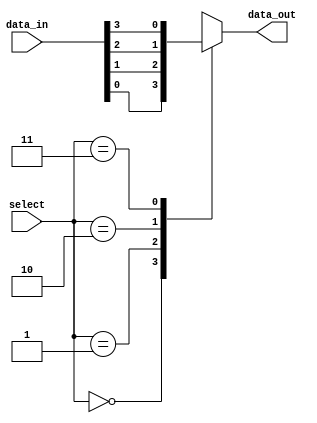
module mux_4to1 (
    input [3:0] data_in,
    input [1:0] select,
    output reg data_out
);

always @(*) begin
    case(select)
        2'b00: begin
            data_out = data_in[0];
        end
        2'b01: begin
            data_out = data_in[1];
        end
        2'b10: begin
            data_out = data_in[2];
        end
        2'b11: begin
            data_out = data_in[3];
        end
        default: begin
            data_out = 0;
        end
    endcase
end

endmodule